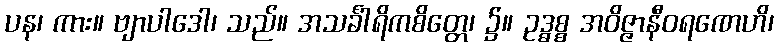
ပန၊ ကား။ ဗျာပါဒေါ၊ သည်။ အသင်္ခါရိကစိတ္တေ၊ ၌။ ဥဒ္ဓစ္စ အဝိဇ္ဇာနီဝရဏေဟိ၊